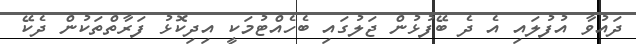
ދައުވާ އުފުލައި އެ ދެ ބޭފުޅުން ޖަލުގައި ބެހެއްޓުމަކީ އިދިކޮޅު ފަރާތްތަކުން ދެކޭ